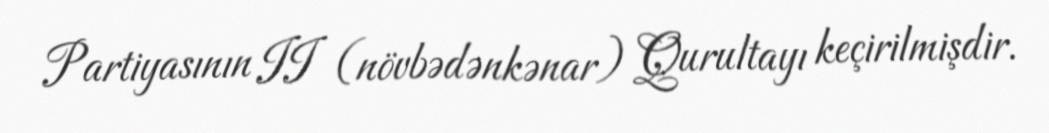
Partiyasının II (növbədənkənar) Qurultayı keçirilmişdir.